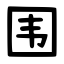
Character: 围